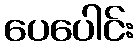
ပေပေါင်း